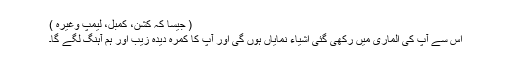
( جیسا کہ کشن، کمبل، لیمپ وغیرہ )
اِس سے آپ کی الماری میں رکھی گئی اشیاء نمایاں ہوں گی اور آپ کا کمرہ دیدہ زیب اور ہم آہَنْگ لگے گا۔